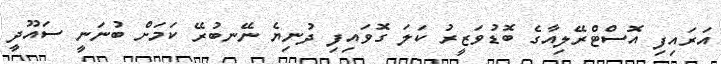
އަރައިފި އޮސްޓްރޭލިއާގެ ބޮޑުވަޒީރު ކަލަ ގޮވައިފި ދުނިޔެ ނޭނބުރޭ ކަމަށް ބުނަނީ ސައޫދީ